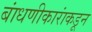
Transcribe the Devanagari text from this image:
बांधणीकारांकडून